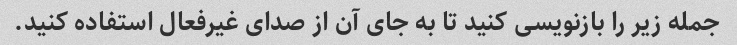
جمله زیر را بازنویسی کنید تا به جای آن از صدای غیرفعال استفاده کنید.